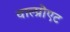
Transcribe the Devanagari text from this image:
वाल्प्रोएट